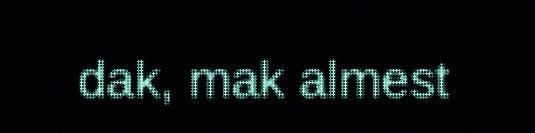
dak, mak almest